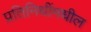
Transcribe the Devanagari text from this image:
प्रतिनिधींमधील